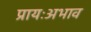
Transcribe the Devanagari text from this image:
प्रायःअभाव